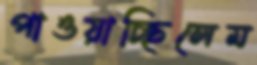
পাওয়াচ্ছিলেম